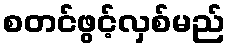
စတင်ဖွင့်လှစ်မည်